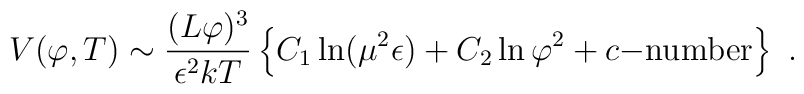
V(\varphi,T) \sim \frac{(L\varphi)^3}{\epsilon^2 kT}\left\{ C_1 \ln (\mu^2 \epsilon) + C_2 \ln \varphi^2 +c{\rm -number} \right\}\ .